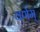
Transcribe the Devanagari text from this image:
वर्णम्